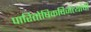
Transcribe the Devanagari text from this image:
पारितोषिकविजेत्यांची